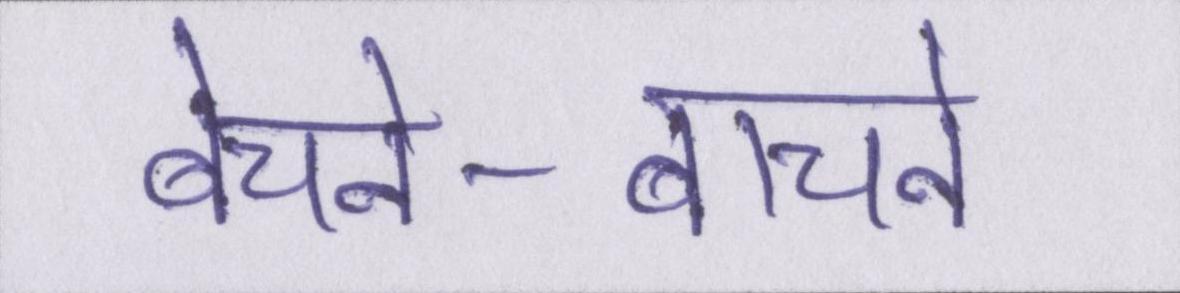
बेचने-बाचने